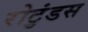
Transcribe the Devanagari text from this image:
रोटुंडस